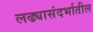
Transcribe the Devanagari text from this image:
लढ्यासंदर्भातील